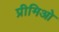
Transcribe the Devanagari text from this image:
प्रीमिओ